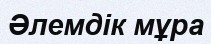
Әлемдік мұра